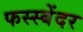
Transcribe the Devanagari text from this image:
फस्स्बेंदर